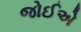
જોઈએ